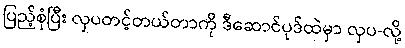
ပြည့်စုံပြီး လှပတင့်တယ်တာကို ဒီဆောင်ပုဒ်ထဲမှာ လှပ-လို့